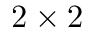
2 \times 2